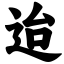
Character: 迨